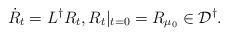
LaTeX: \begin{align*} \dot{R}_t = L^\dagger R_t, R_t|_{t=0} = R_{\mu_0}\in\mathcal{D}^\dagger.\end{align*}